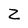
Character: Z